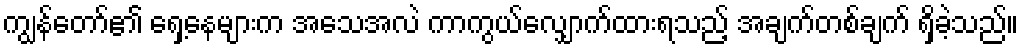
ကျွန်တော်၏ ရှေ့နေများက အသေအလဲ ကာကွယ်လျှောက်ထားရသည့် အချက်တစ်ချက် ရှိခဲ့သည်။